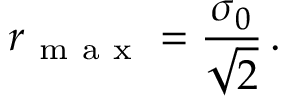
r _ { \mathrm { ~ m ~ a ~ x ~ } } = \frac { \sigma _ { 0 } } { \sqrt { 2 } } \, .